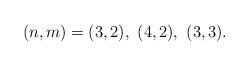
LaTeX: \begin{align*}(n,m)=(3,2),\ (4,2),\ (3,3). \end{align*}